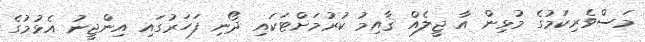
މަސްވެރިކަމުގެ މުޅިން އާ ޖީލެއް ޤާއިމު ކުރުމަށްޓަކައި ދޯނި ފަހަރުގައި އިންޖީނު އެޅުމުގެ